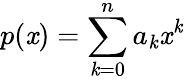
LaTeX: p(\mathit{x})=\sum\limits_{\mathit{k}=0}^{n}a_{\mathit{k}}\mathit{x}^{\mathit{k}}